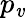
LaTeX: p_{\mathit{v}}